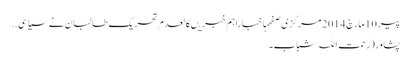
پیر 10 مارچ 2014 مرکزی صفحہاخباراہم خبریںکالعدم تحریک طالبان نے سیاسی ..
پشاور(رحمت اللہ شباب۔